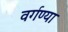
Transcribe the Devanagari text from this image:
वर्गण्या